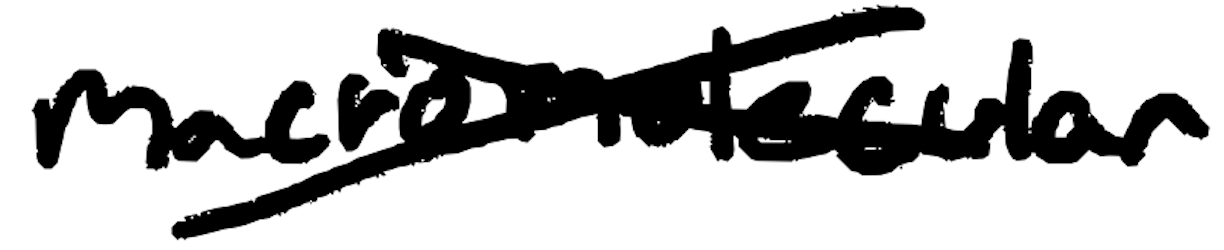
Text: macromolecular
Cross-out: cross
Writing tool: digital_black